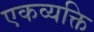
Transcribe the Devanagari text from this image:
एकव्यक्ति